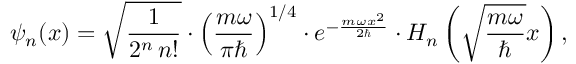
\psi _ { n } ( x ) = { \sqrt { \frac { 1 } { 2 ^ { n } \, n ! } } } \cdot \left( { \frac { m \omega } { \pi \hbar } } \right) ^ { 1 / 4 } \cdot e ^ { - { \frac { m \omega x ^ { 2 } } { 2 \hbar } } } \cdot H _ { n } \left( { \sqrt { \frac { m \omega } { \hbar } } } x \right) , \qquad